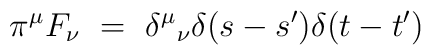
\pi^\mu F_\nu ~=~ {\delta^\mu}_\nu \delta (s-s') \delta (t-t')